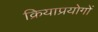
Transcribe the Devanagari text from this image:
क्रियाप्रयोगों